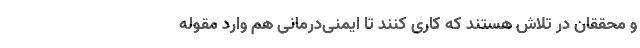
و محققان در تلاش هستند که کاری کنند تا ایمنی‌درمانی هم وارد مقوله